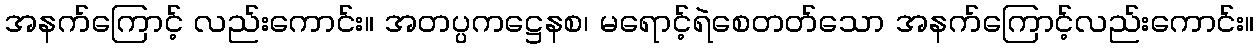
အနက်ကြောင့် လည်းကောင်း။ အတပ္ပကဋ္ဌေနစ၊ မရောင့်ရဲစေတတ်သော အနက်ကြောင့်လည်းကောင်း။